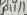
Text: D11/1